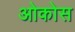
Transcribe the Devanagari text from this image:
ओकोस